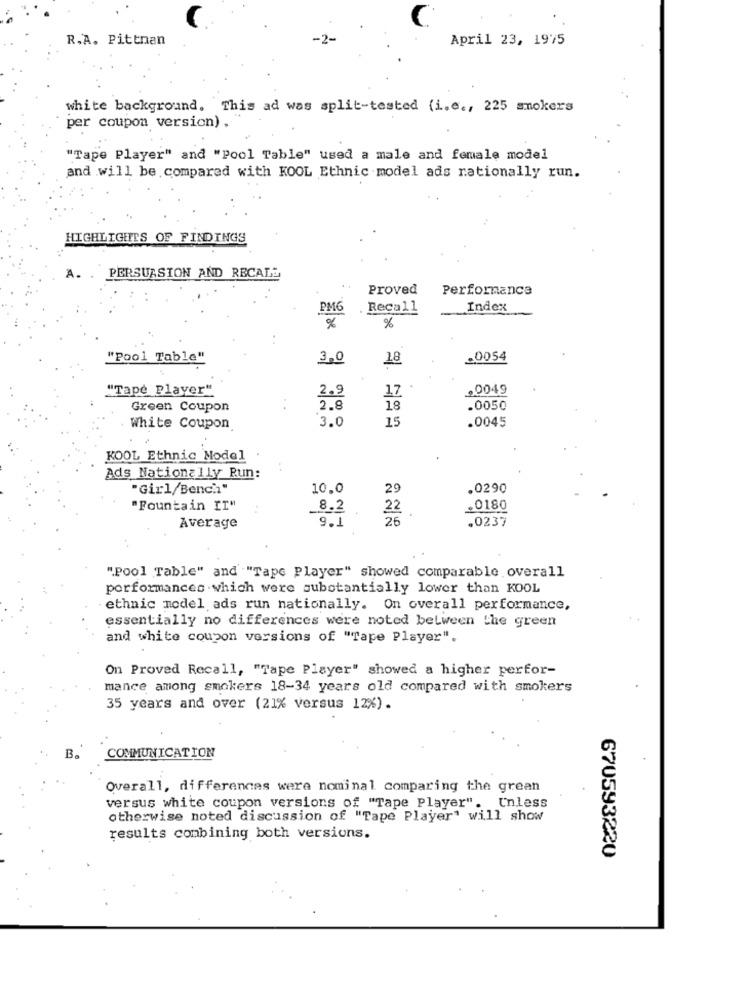
R.A. Pittnan
April 23, 1975
white background. This ad was split-tested (i.e ., 225 smokers
per coupon version).
"Tape Player" and "Pool Table" used a male and female model
and will be compared with KOOL Ethnic model ads rationally run.
HIGHLIGHTS OF FINDINGS
A. . PERSUASION AND RECALL
Proved
Performance
PM6
Recall
Index
%
%
"Pool Table"
3,0
18
.0054
"Tape Player"
2.9
,0049
1Z
Green Coupon
2.8
18
.0050
3.0
15
.0045
White Coupon
KOOL Ethnic Model
Ads Nationally Run:
"Girl/Bench"
10.0
29
.0290
"Fountain II"
_8.2
22
.0180
Average
9.1
25
.0237
"Pool Table" and ""Tape Player" showed comparable overall
porformances which were substantially lower than KOOL
ethnic model ads run nationally. On overall performance,
essentially no differences were noted between the green
and white coupon versions of "Tape Player".
On Proved Recall, "Tape Player" showed a higher perfor-
mance among smokers 18-34 years old compared with smokers
35 years and over (21% versus 12%).
B.
COMMUNICATION
Overall, differences were nominal comparing the grean
versus white coupon versions of "Tape Player". Unless
otherwise noted discussion of "Tape Player" will show
results combining both versions.
670593220